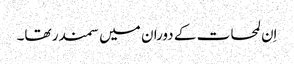
اِن لمحات کے دوران میں سمندر تھا۔